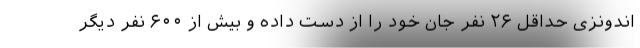
اندونزی حداقل ۲۶ نفر جان خود را از دست داده و بیش از ۶۰۰ نفر دیگر